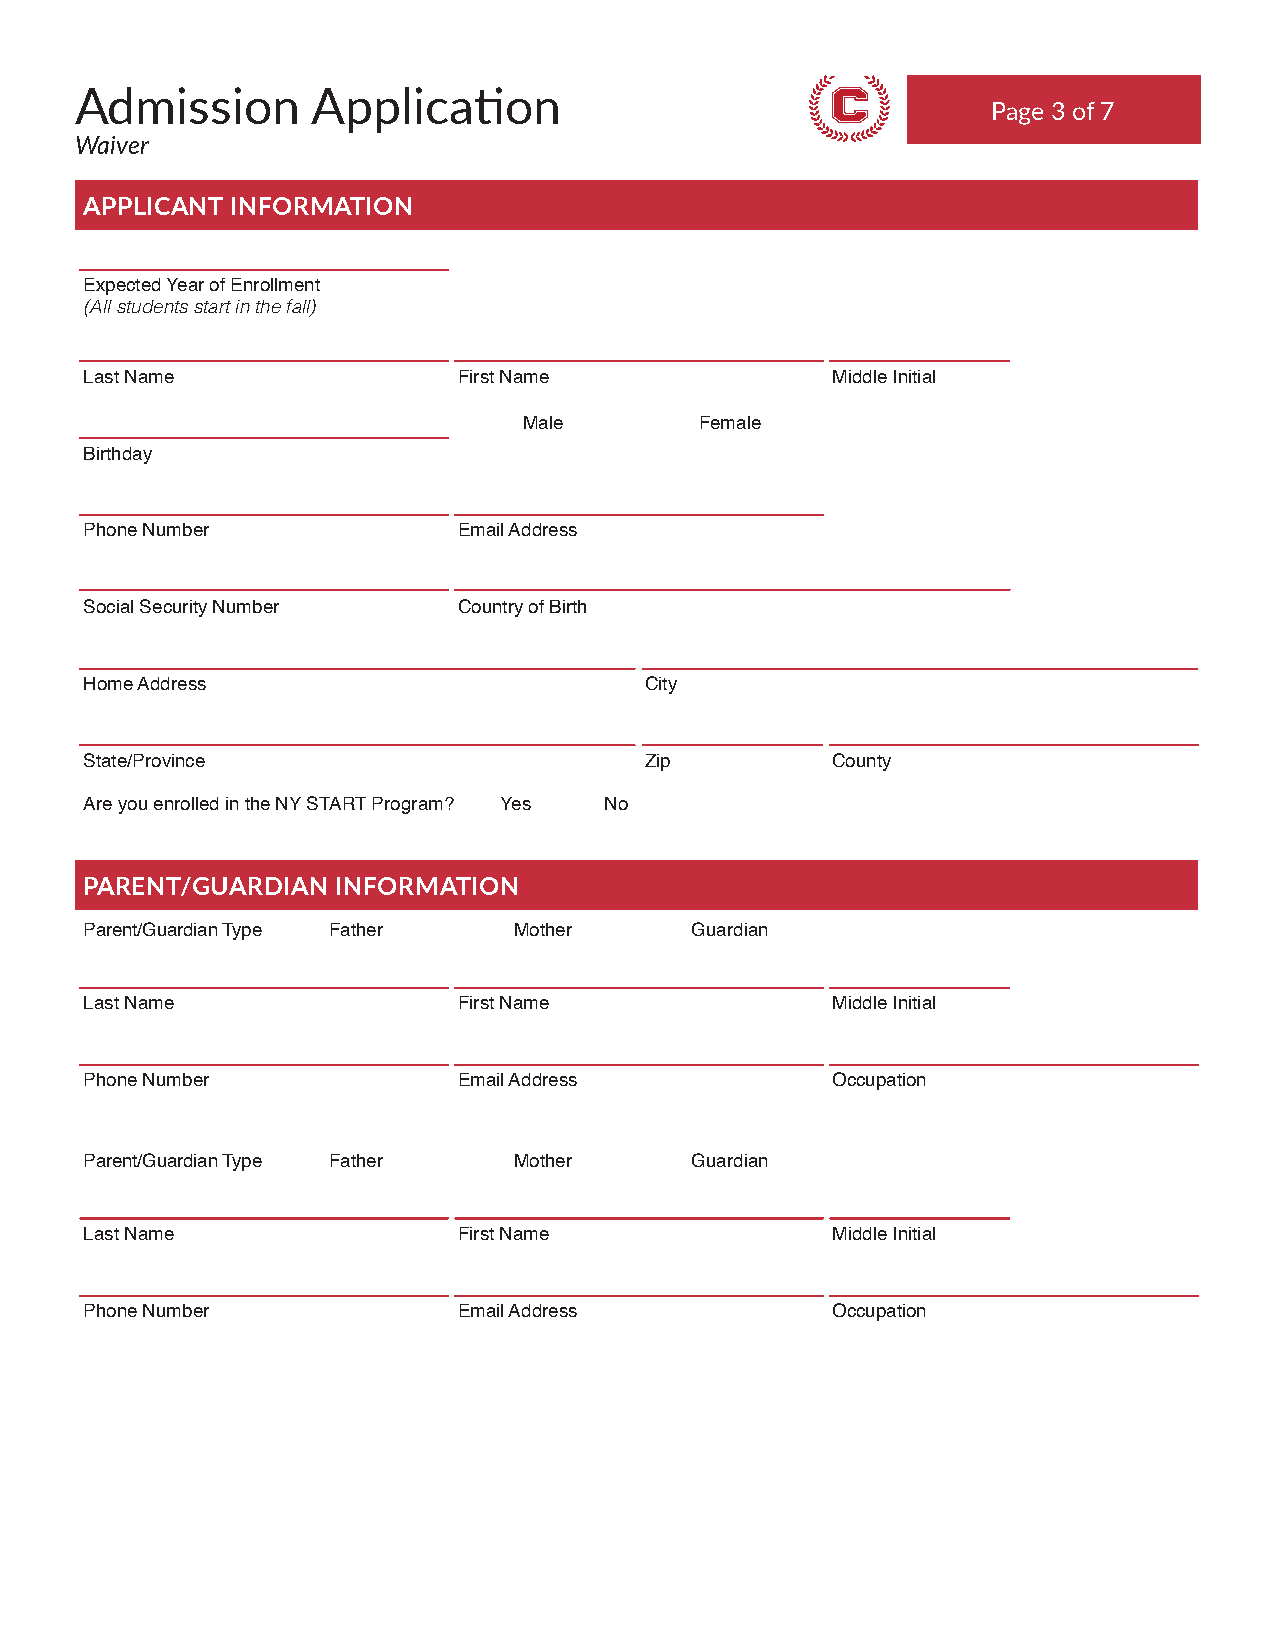
Admission       Application
 Page 3 of 7
 Waiver
 THE COLLEGE EXPERIENCE
 Skills. Choices. Independence.
 APPLICANT INFORMATION
 Expected Year of Enrollment
 (All students start in the fall)
 Last Name               First Name               Middle Initial
 Male       Female
 Birthday
 Phone Number            Email Address
 Social Security Number  Country of Birth
 Home Address                         City
 State/Province                       Zip         County
 Are you enrolled in the NY START Program? Yes No
 PARENT/GUARDIAN INFORMATION
 Parent/Guardian Type Father Mother      Guardian
 Last Name               First Name               Middle Initial
 Phone Number            Email Address            Occupation
 Parent/Guardian Type Father Mother      Guardian
 Last Name               First Name               Middle Initial
 Phone Number            Email Address            Occupation